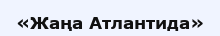
«Жаңа Атлантида»